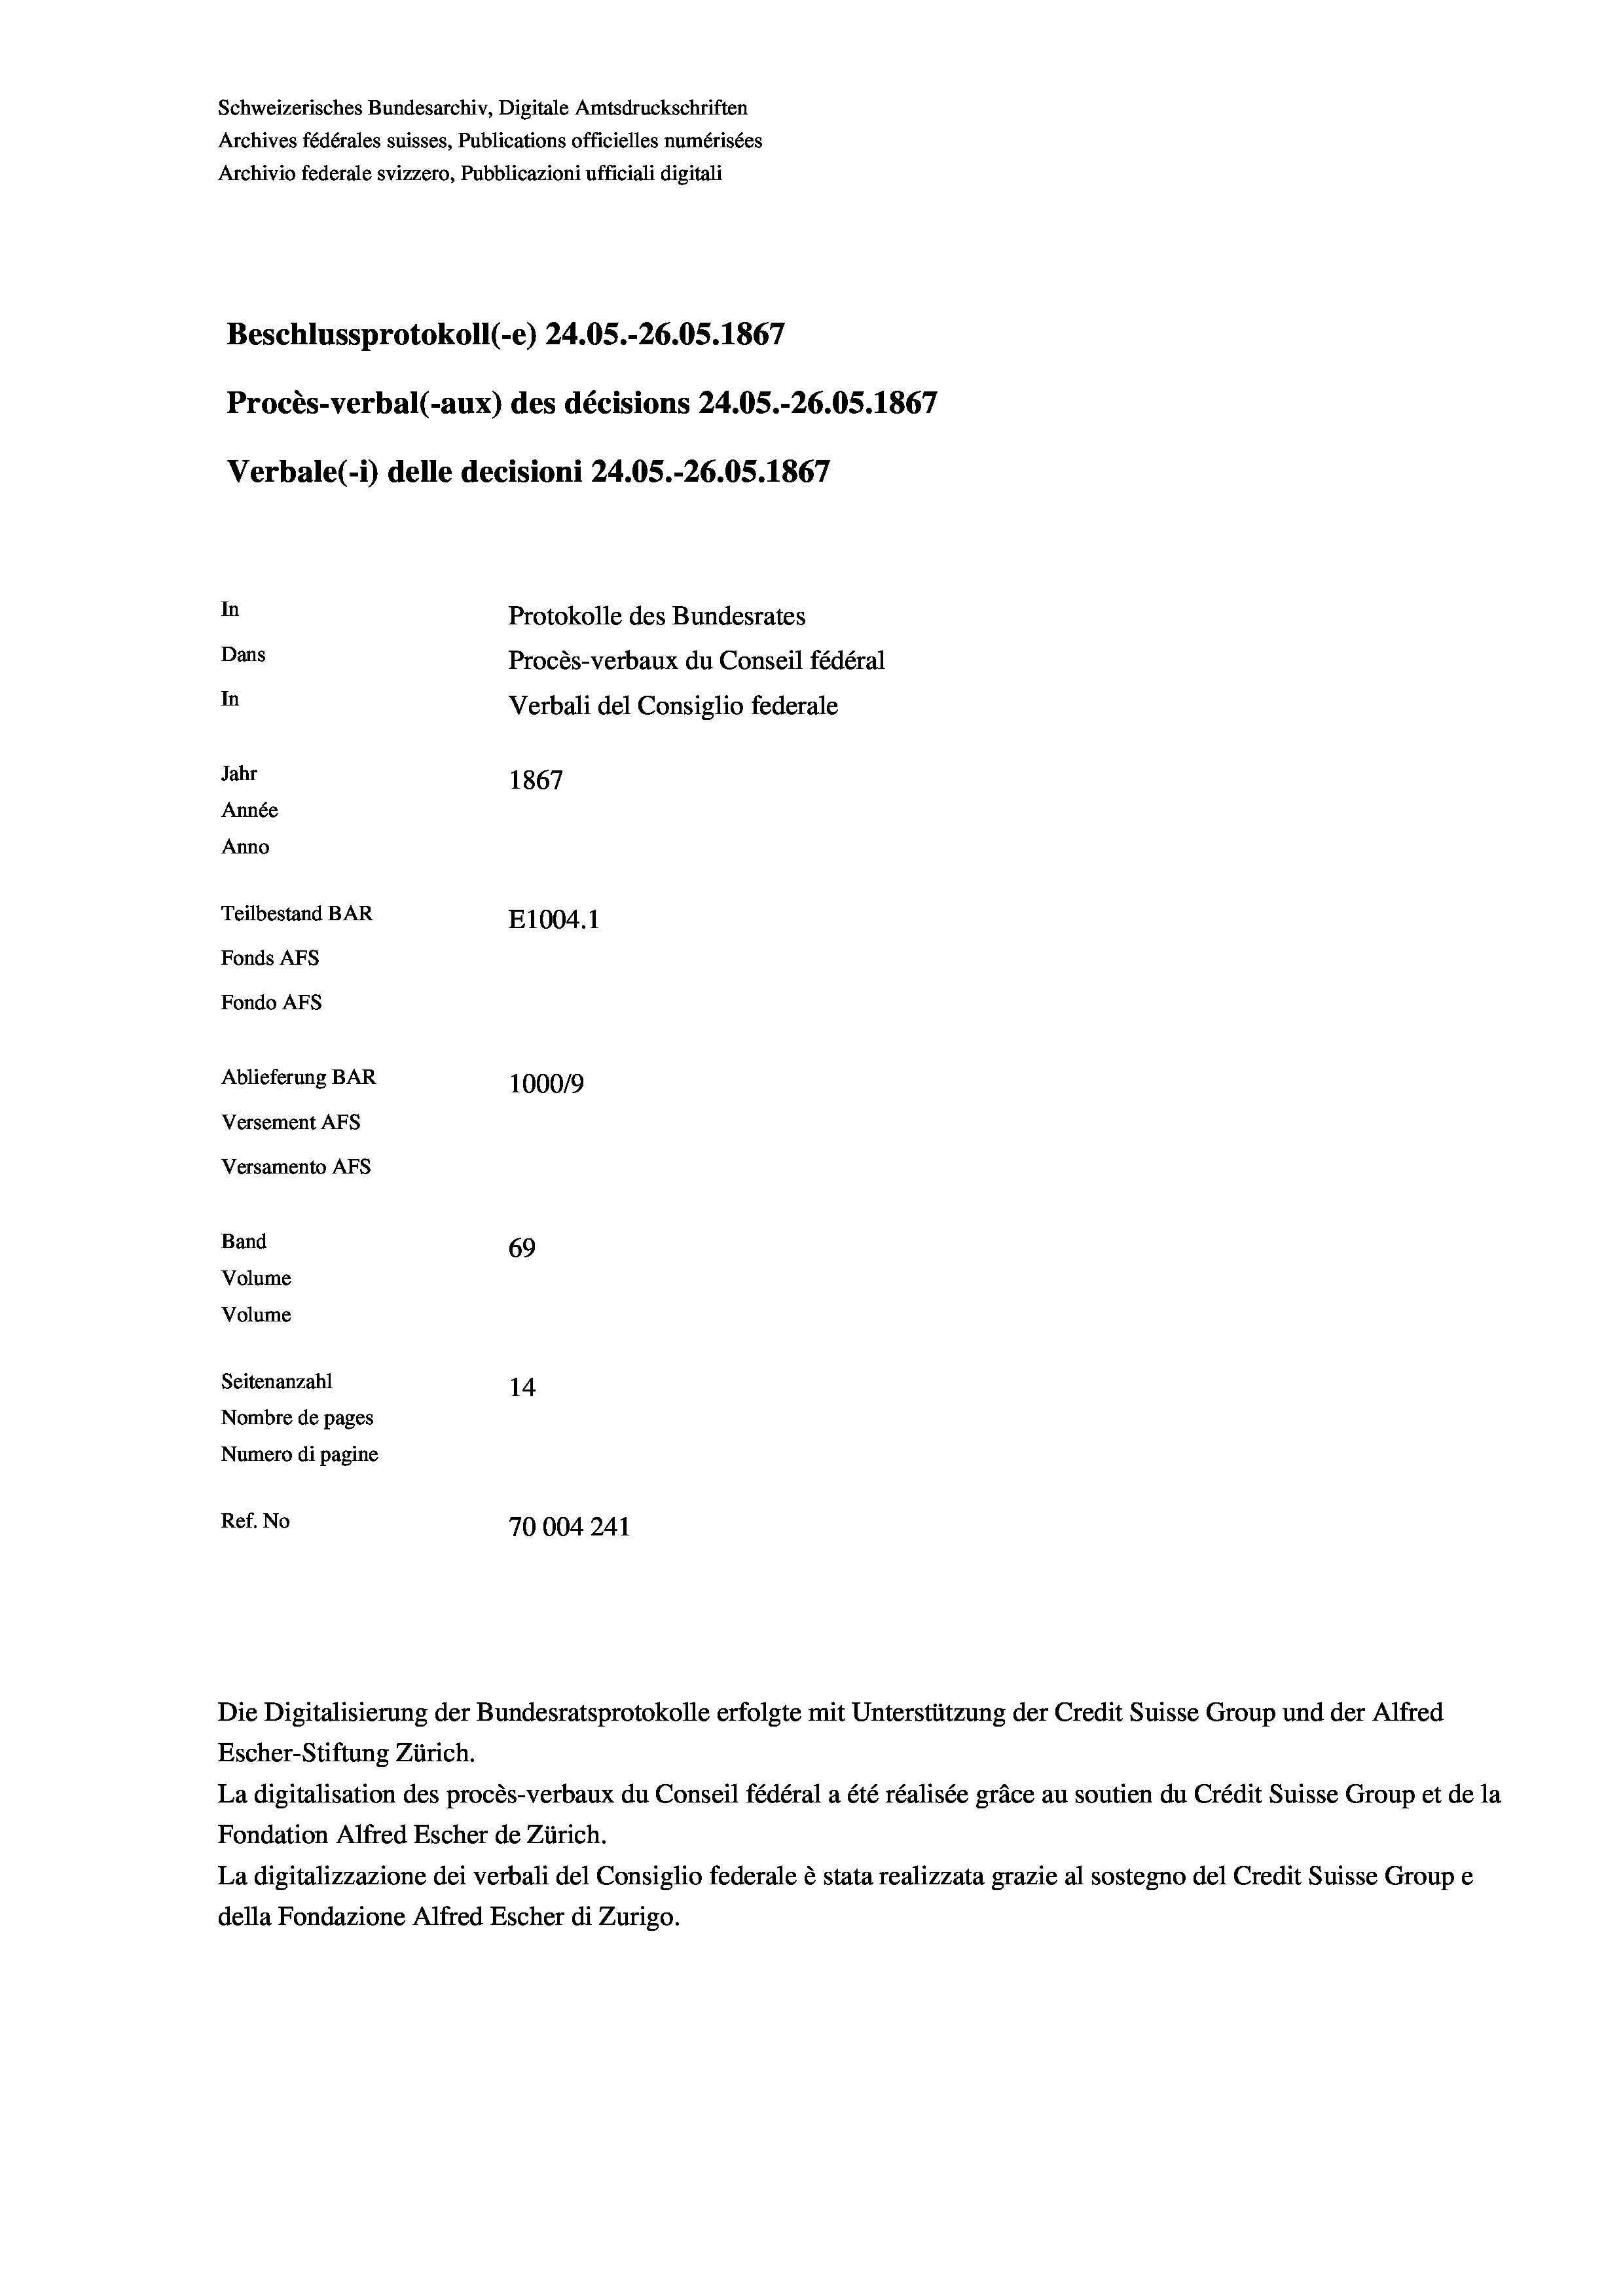
Schweizerisches Bundesarchiv, Digitale Amtsdruckschriften
Archives fédérales suisses, Publications officielles numérisées
Archivio federale svizzero, Pubblicazioni ufficiali digitali
Beschlussprotokoll (-e) 24.05.-26.05. 1867
Procès-verbal (-aux) des décisions 24.05.-26.05. 1867
Verbale(-*) delle decisioni 24.05.-26.05. 1867
In
Protokolle des Bundesrates
Dans
Procès-verbaux du Conseil fédéral
In
Verbali del Consiglio federale
Jahr
1867
Année
Anno
Teilbestand BAR
E1004. 1
Fonds AFs
Fondo Afs
Ablieferung BAR
100019
Versement AFs
Versamento Afs
Band
69
Volume
Volume
Seitenanzahl
14

Nombre de pages
Numero di pagine
Ref. No
70004241

Escher-Stiftung Zürich.
La digitalisation des procès-verbaux du Conseil fédéral a été réalisée gräce au soutien du Crédit Suisse Group et de la
Fondation Alfred Escher de Zürich.
La digitalizzazione dei verbali del Consiglio federale è stata realizzata grazie al sostegno del Credit Suisse Groupe
della Fondazione Alfred Escher di Zurigo.

Die Digitalisierung der Bundesratsprotokolle erfolgte mit Unterstützung der Credit Suisse Group und der Alfred